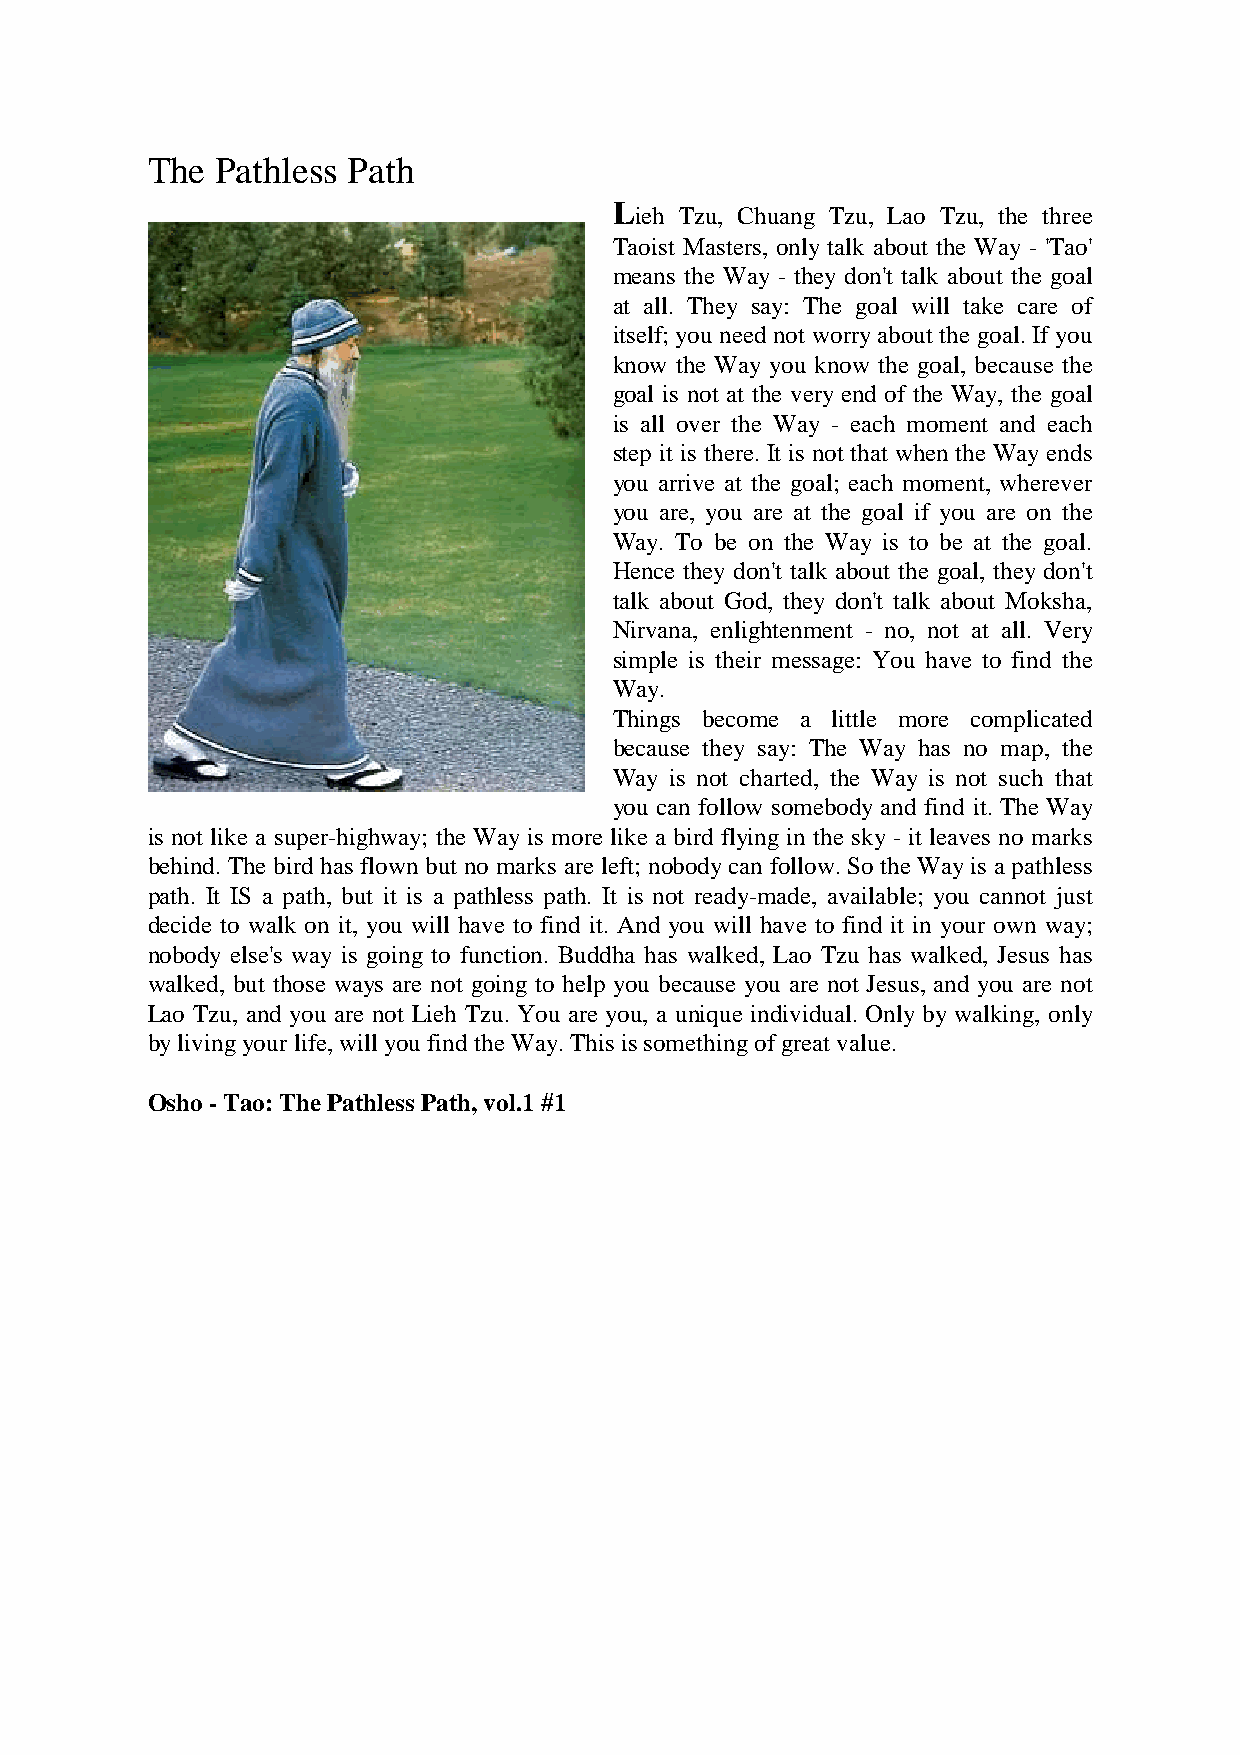
The Pathless Path
 L
 ieh Tzu, Chuang Tzu, Lao Tzu, the three
 Taoist Masters, only talk about the Way - 'Tao'
 means the Way - they don't talk about the goal
 at all. They say: The goal will take care of
 itself; you need not worry about the goal. If you
 know the Way you know the goal, because the
 goal is not at the very end of the Way, the goal
 is all over the Way - each moment and each
 step it is there. It is not that when the Way ends
 you arrive at the goal; each moment, wherever
 you are, you are at the goal if you are on the
 Way. To be on the Way is to be at the goal.
 Hence they don't talk about the goal, they don't
 talk about God, they don't talk about Moksha,
 Nirvana, enlightenment - no, not at all. Very
 simple is their message: You have to find the
 Way.
 Things become a little more complicated
 because they say: The Way has no map, the
 Way is not charted, the Way is not such that
 you can follow somebody and find it. The Way
 is not like a super-highway; the Way is more like a bird flying in the sky - it leaves no marks
 behind. The bird has flown but no marks are left; nobody can follow. So the Way is a pathless
 path. It IS a path, but it is a pathless path. It is not ready-made, available; you cannot just
 decide to walk on it, you will have to find it. And you will have to find it in your own way;
 nobody else's way is going to function. Buddha has walked, Lao Tzu has walked, Jesus has
 walked, but those ways are not going to help you because you are not Jesus, and you are not
 Lao Tzu, and you are not Lieh Tzu. You are you, a unique individual. Only by walking, only
 by living your life, will you find the Way. This is something of great value.
 Osho - Tao: The Pathless Path, vol.1 #1